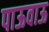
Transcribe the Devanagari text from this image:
पाऊवाऊ